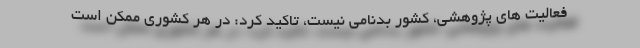
فعالیت های پژوهشی، کشور بدنامی نیست، تاکید کرد: در هر کشوری ممکن است